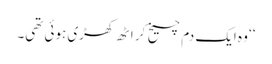
‘‘ وہ ایک دم چیخ کر اٹھ کھڑی ہوئی تھی۔